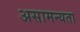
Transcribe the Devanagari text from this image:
असामन्यता